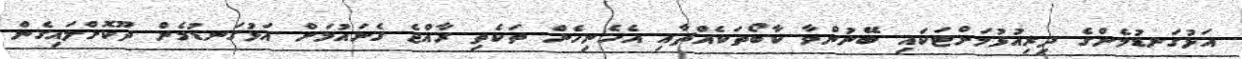
އަޅުގަނޑުމެންގެ ދިރިއުޅުމަށްޓަކައި ބޭނުންވާ ކާބޯތަކެއްޗާއި އެހެނިހެން ތަކެތި ރާއްޖެ ގެނައުމަށް އަޅުގަނޑުމެން ދޫކޮށްލައިގެން